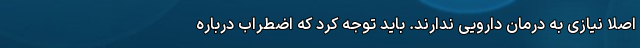
اصلا نیازی به درمان دارویی ندارند. باید توجه کرد که اضطراب درباره